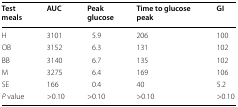
<table><thead><tr><td><b>Test meals</b></td><td><b>AUC</b></td><td><b>Peak glucose</b></td><td><b>Time to glucose peak</b></td><td><b>GI</b></td></tr></thead><tbody><tr><td>H</td><td>3101</td><td>5.9</td><td>206</td><td>100</td></tr><tr><td>OB</td><td>3152</td><td>6.3</td><td>131</td><td>102</td></tr><tr><td>BB</td><td>3140</td><td>6.7</td><td>135</td><td>102</td></tr><tr><td>M</td><td>3275</td><td>6.4</td><td>169</td><td>106</td></tr><tr><td>SE</td><td>166</td><td>0.4</td><td>40</td><td>5.2</td></tr><tr><td><i>P</i> value</td><td>&gt;0.10</td><td>&gt;0.10</td><td>&gt;0.10</td><td>&gt;0.10</td></tr></tbody></table>